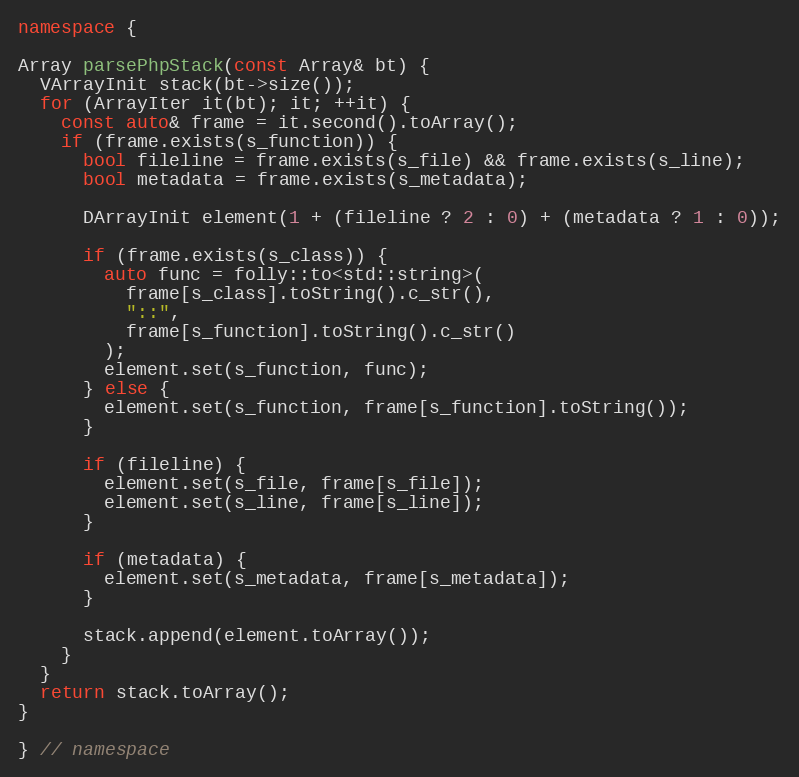
Language: C++
namespace {

Array parsePhpStack(const Array& bt) {
  VArrayInit stack(bt->size());
  for (ArrayIter it(bt); it; ++it) {
    const auto& frame = it.second().toArray();
    if (frame.exists(s_function)) {
      bool fileline = frame.exists(s_file) && frame.exists(s_line);
      bool metadata = frame.exists(s_metadata);

      DArrayInit element(1 + (fileline ? 2 : 0) + (metadata ? 1 : 0));

      if (frame.exists(s_class)) {
        auto func = folly::to<std::string>(
          frame[s_class].toString().c_str(),
          "::",
          frame[s_function].toString().c_str()
        );
        element.set(s_function, func);
      } else {
        element.set(s_function, frame[s_function].toString());
      }

      if (fileline) {
        element.set(s_file, frame[s_file]);
        element.set(s_line, frame[s_line]);
      }

      if (metadata) {
        element.set(s_metadata, frame[s_metadata]);
      }

      stack.append(element.toArray());
    }
  }
  return stack.toArray();
}

} // namespace